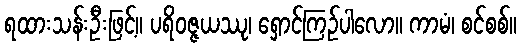
ရထားသန်းဦးဖြင့်။ ပရိဝဇ္ဇယဿု၊ ရှောင်ကြဉ်ပါလော။ ကာမံ၊ စင်စစ်။